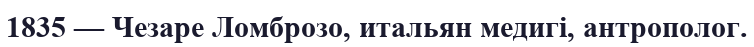
1835 — Чезаре Ломброзо, итальян медигі, антрополог.